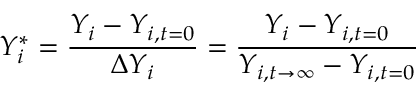
Y _ { i } ^ { * } = \frac { Y _ { i } - Y _ { i , t = 0 } } { \Delta Y _ { i } } = \frac { Y _ { i } - Y _ { i , t = 0 } } { Y _ { i , t \rightarrow \infty } - Y _ { i , t = 0 } }